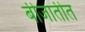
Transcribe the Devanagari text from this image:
बीजातीत